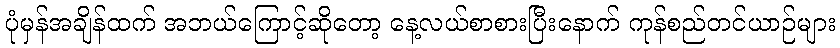
ပုံမှန်အချိန်ထက် အဘယ်ကြောင့်ဆိုတော့ နေ့လယ်စာစားပြီးနောက် ကုန်စည်တင်ယာဉ်များ